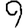
Digit: 9